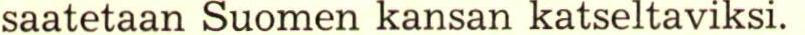
saatetaan Suomen kansan katseltaviksi.